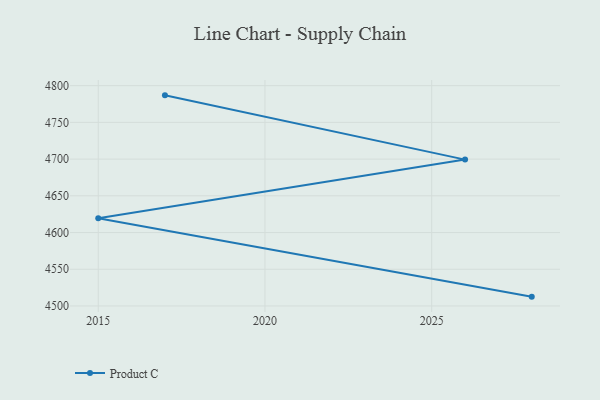
{"axis": {"x": "Year", "y": "LTV (USD)"}, "legend": ["Product C"], "data": [{"x": "2028", "y": 4512.7, "type": "Product C"}, {"x": "2015", "y": 4619.4, "type": "Product C"}, {"x": "2026", "y": 4699.3, "type": "Product C"}, {"x": "2017", "y": 4786.8, "type": "Product C"}]}